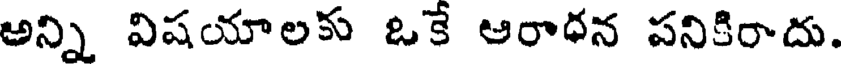
అన్ని విషయాలకు ఒకే ఆరాధన పనికిరాదు.